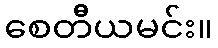
စေတီယမင်း။